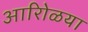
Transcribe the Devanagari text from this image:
आरोिळया